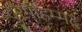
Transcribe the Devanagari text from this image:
दुरमोहम्मद